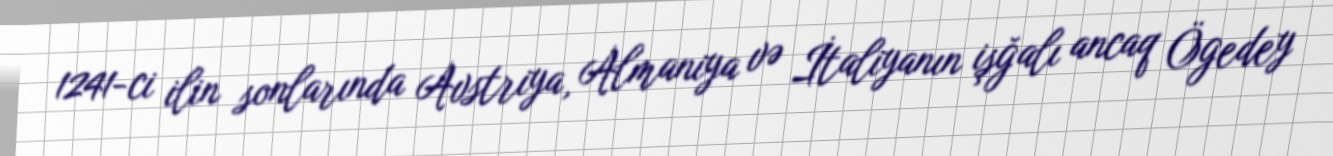
1241-ci ilin sonlarında Avstriya, Almaniya və İtaliyanın işğalı ancaq Ögedey